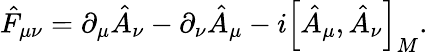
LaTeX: \hat{F}_{\mu\nu}=\partial_{\mu}\hat{A}_{\nu}-\partial_{\nu}\hat{A}_{\mu}-i\Big[\hat{A}_{\mu},\hat{A}_{\nu}\Big]_{M}.